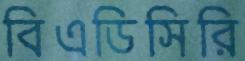
বিএডিসিরি